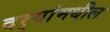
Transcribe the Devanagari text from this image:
दर्‍यांमधील